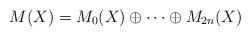
LaTeX: \begin{align*}M(X)=M_0(X)\oplus \cdots\oplus M_{2n}(X)\end{align*}